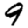
Digit: 9